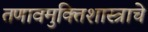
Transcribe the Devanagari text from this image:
तणावमुक्तिशास्त्राचे